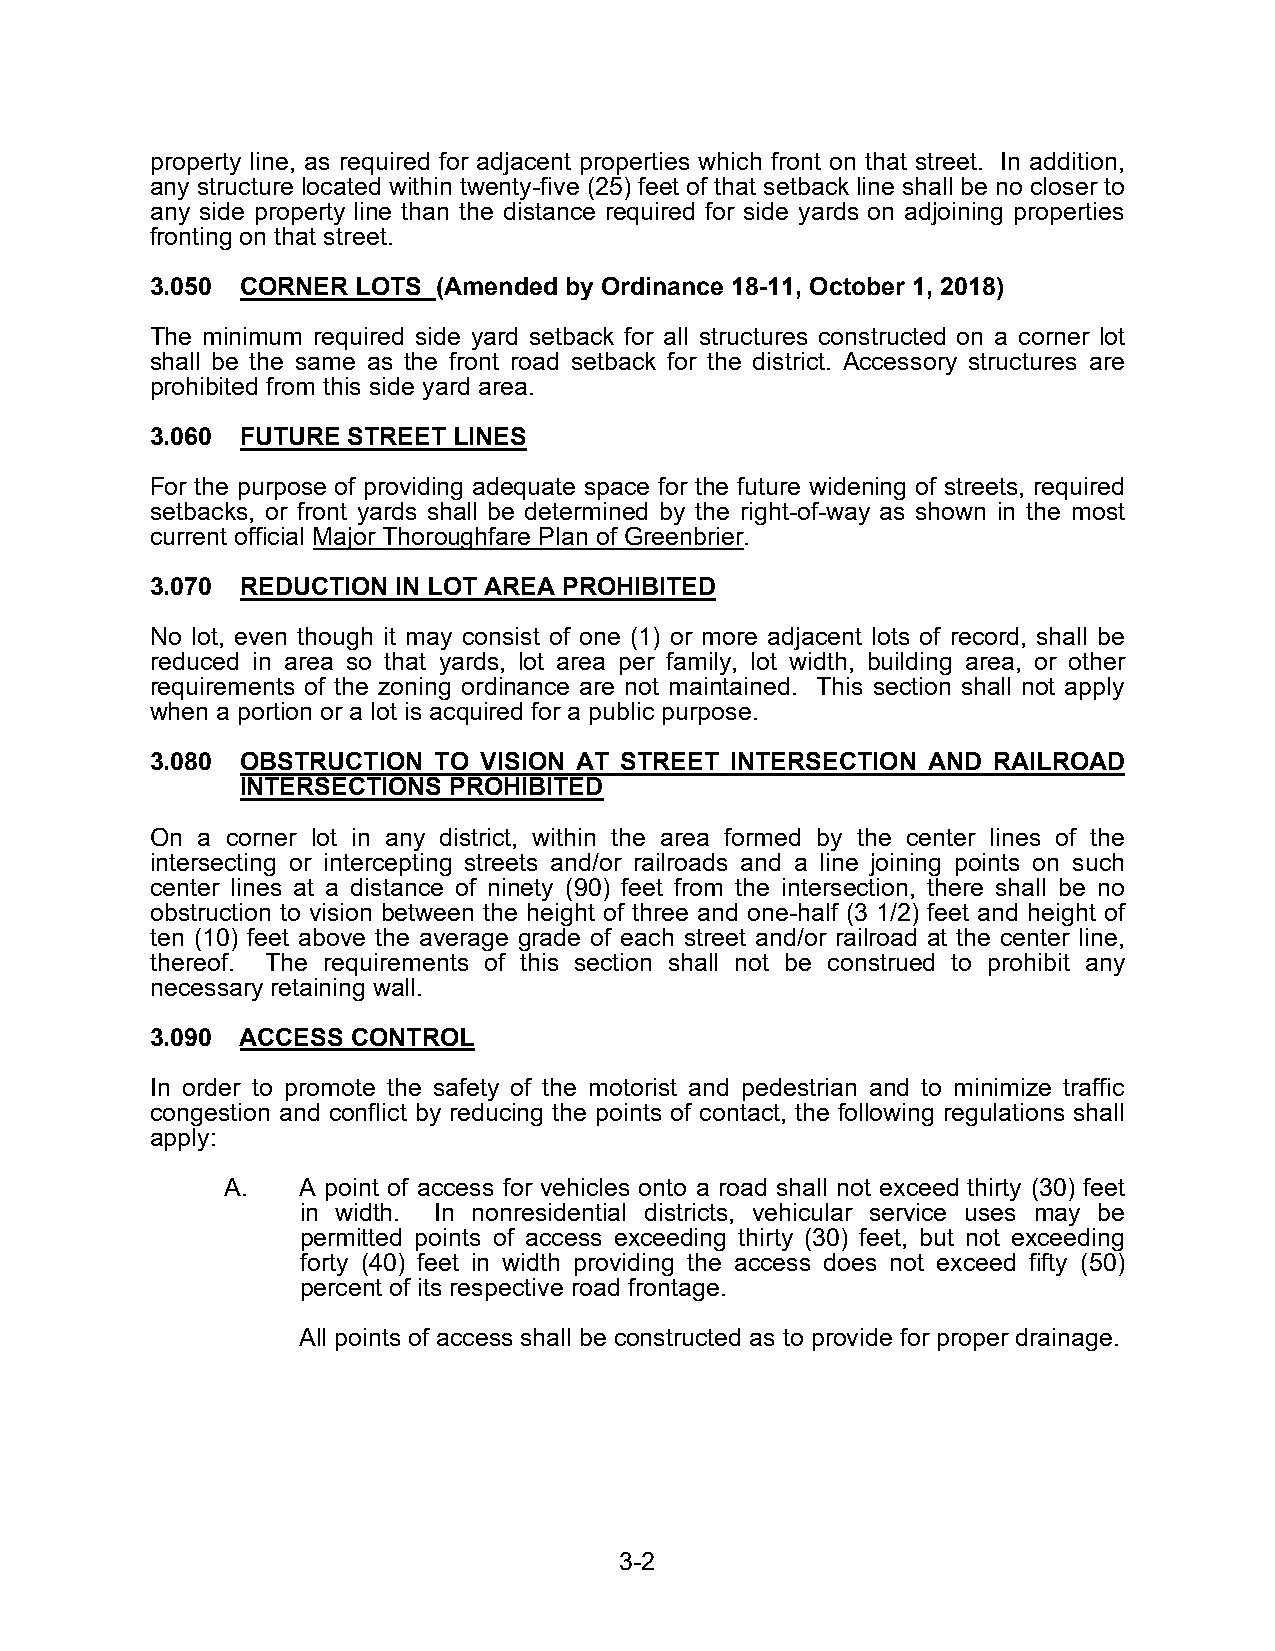
property line, as required for adjacent properties which front on that street. In addition,
 any structure located within twenty-five (25) feet of that setback line shall be no closer to
 any side property line than the distance required for side yards on adjoining properties
 fronting on that street.
 3.050 CORNER  LOTS (Amended by Ordinance 18-11, October 1, 2018)
 The minimum required side yard setback for all structures constructed on a corner lot
 shall be the same as the front road setback for the district. Accessory structures are
 prohibited from this side yard area.
 3.060 FUTURE STREET LINES
 For the purpose of providing adequate space for the future widening of streets, required
 setbacks, or front yards shall be determined by the right-of-way as shown in the most
 current official Major Thoroughfare Plan of Greenbrier.
 3.070 REDUCTION IN LOT AREA PROHIBITED
 No lot, even though it may consist of one (1) or more adjacent lots of record, shall be
 reduced in area so that yards, lot area per family, lot width, building area, or other
 requirements of the zoning ordinance are not maintained. This section shall not apply
 when a portion or a lot is acquired for a public purpose.
 3.080 OBSTRUCTION  TO VISION AT STREET INTERSECTION AND RAILROAD
 INTERSECTIONS PROHIBITED
 On a corner lot in any district, within the area formed by the center lines of the
 intersecting or intercepting streets and/or railroads and a line joining points on such
 center lines at a distance of ninety (90) feet from the intersection, there shall be no
 obstruction to vision between the height of three and one-half (3 1/2) feet and height of
 ten (10) feet above the average grade of each street and/or railroad at the center line,
 thereof. The requirements of this section shall not be construed to prohibit any
 necessary retaining wall.
 3.090 ACCESS CONTROL
 In order to promote the safety of the motorist and pedestrian and to minimize traffic
 congestion and conflict by reducing the points of contact, the following regulations shall
 apply:
 A.   A point of access for vehicles onto a road shall not exceed thirty (30) feet
 in width. In nonresidential districts, vehicular service uses may be
 permitted points of access exceeding thirty (30) feet, but not exceeding
 forty (40) feet in width providing the access does not exceed fifty (50)
 percent of its respective road frontage.
 All points of access shall be constructed as to provide for proper drainage.
 3-2